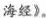
海经》。